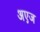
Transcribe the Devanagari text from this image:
अएज